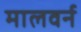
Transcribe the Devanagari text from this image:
मालवर्न